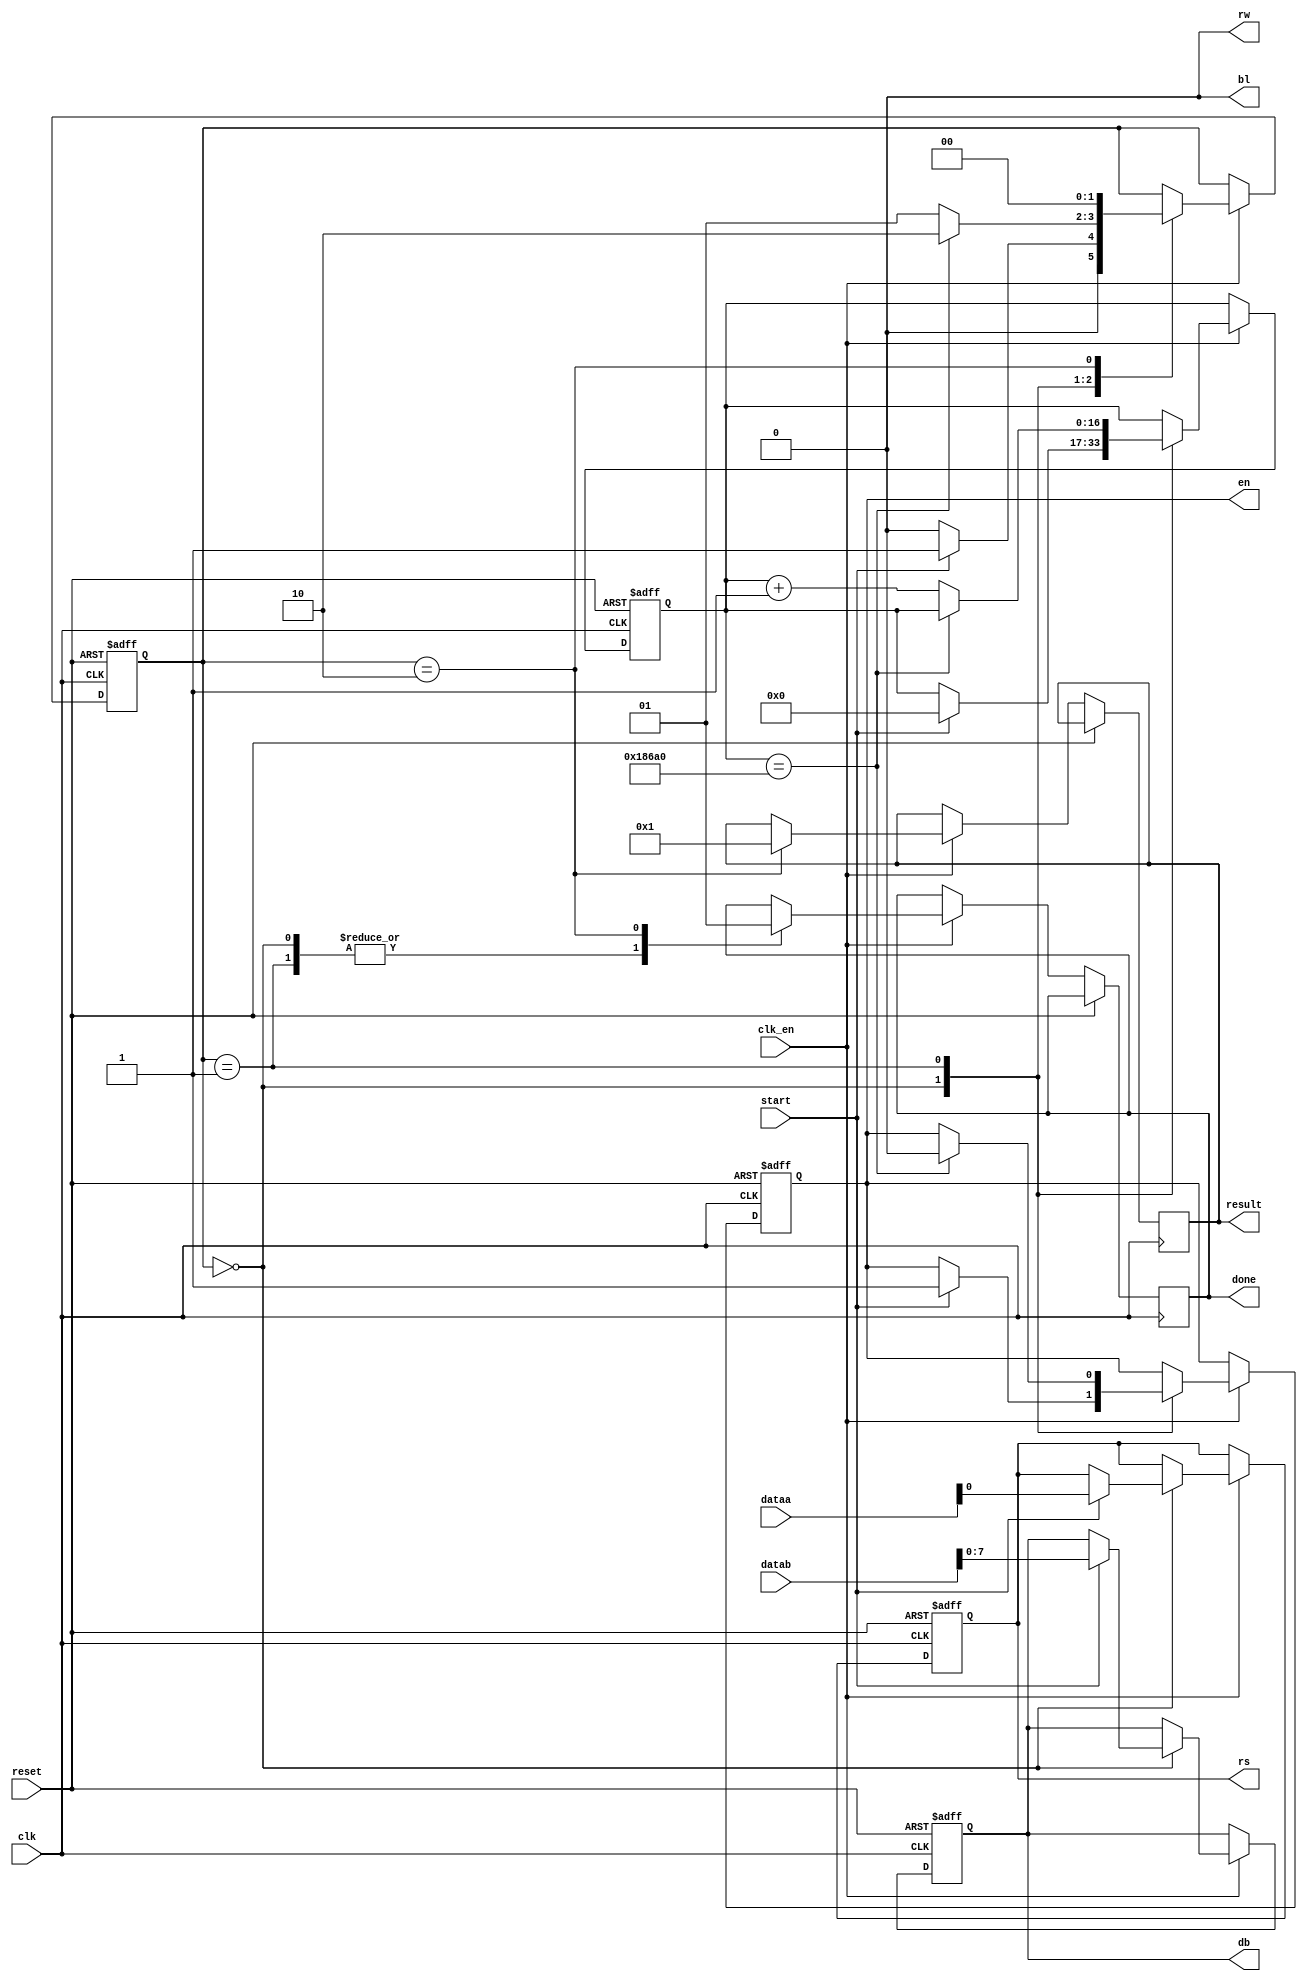
module lcd_controller (dataa, datab, result, clk, clk_en, start, reset, done, bl, rs, rw, en, db);

	input [31:0] dataa;
	input [31:0] datab;
	input clk;
	input clk_en;
	input start;
	input reset;
	
	output reg [31:0] result;
	output reg done;
	output bl;
	output reg rs;
	output rw;
	output reg en;
	output reg[7:0] db;

	assign rw = 1'b0;
	
	reg [16:0] contador;
	
	localparam idle = 0, working = 1, finish = 2;
	
	reg [1:0] state;

	assign bl = 1'b0; //liga o fundo do LCD
	
	always @ (posedge clk or posedge reset) begin
		if (reset) begin
			contador <= 17'd0;
			rs       <= 1'b0;
			en       <= 1'b0;
			db       <= 8'b0;
			state    <= 1'b0;
		end else begin
			if (clk_en) begin
				case (state)
					idle:begin
						done <= 1'b0;
						if (start) begin
							state <= working;
							rs <= dataa[0];
							db <= datab[7:0];
							contador <= 17'd0;
							en <= 1'b1;
						end else begin
							state <= idle;
						end
					end
					working:begin
						done <= 1'b0;
						if (contador == 17'd100_000) begin
							state <= finish;
							en    <= 1'b0;
						end else begin
							contador <= contador + 1'd1;
							state <= working;
						end
					end
					finish:begin
						done <= 1'b1;
						result <= 1'b1;
						state <= idle;
					end
				endcase
			end
		end
	end
endmodule